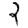
Digit: 2